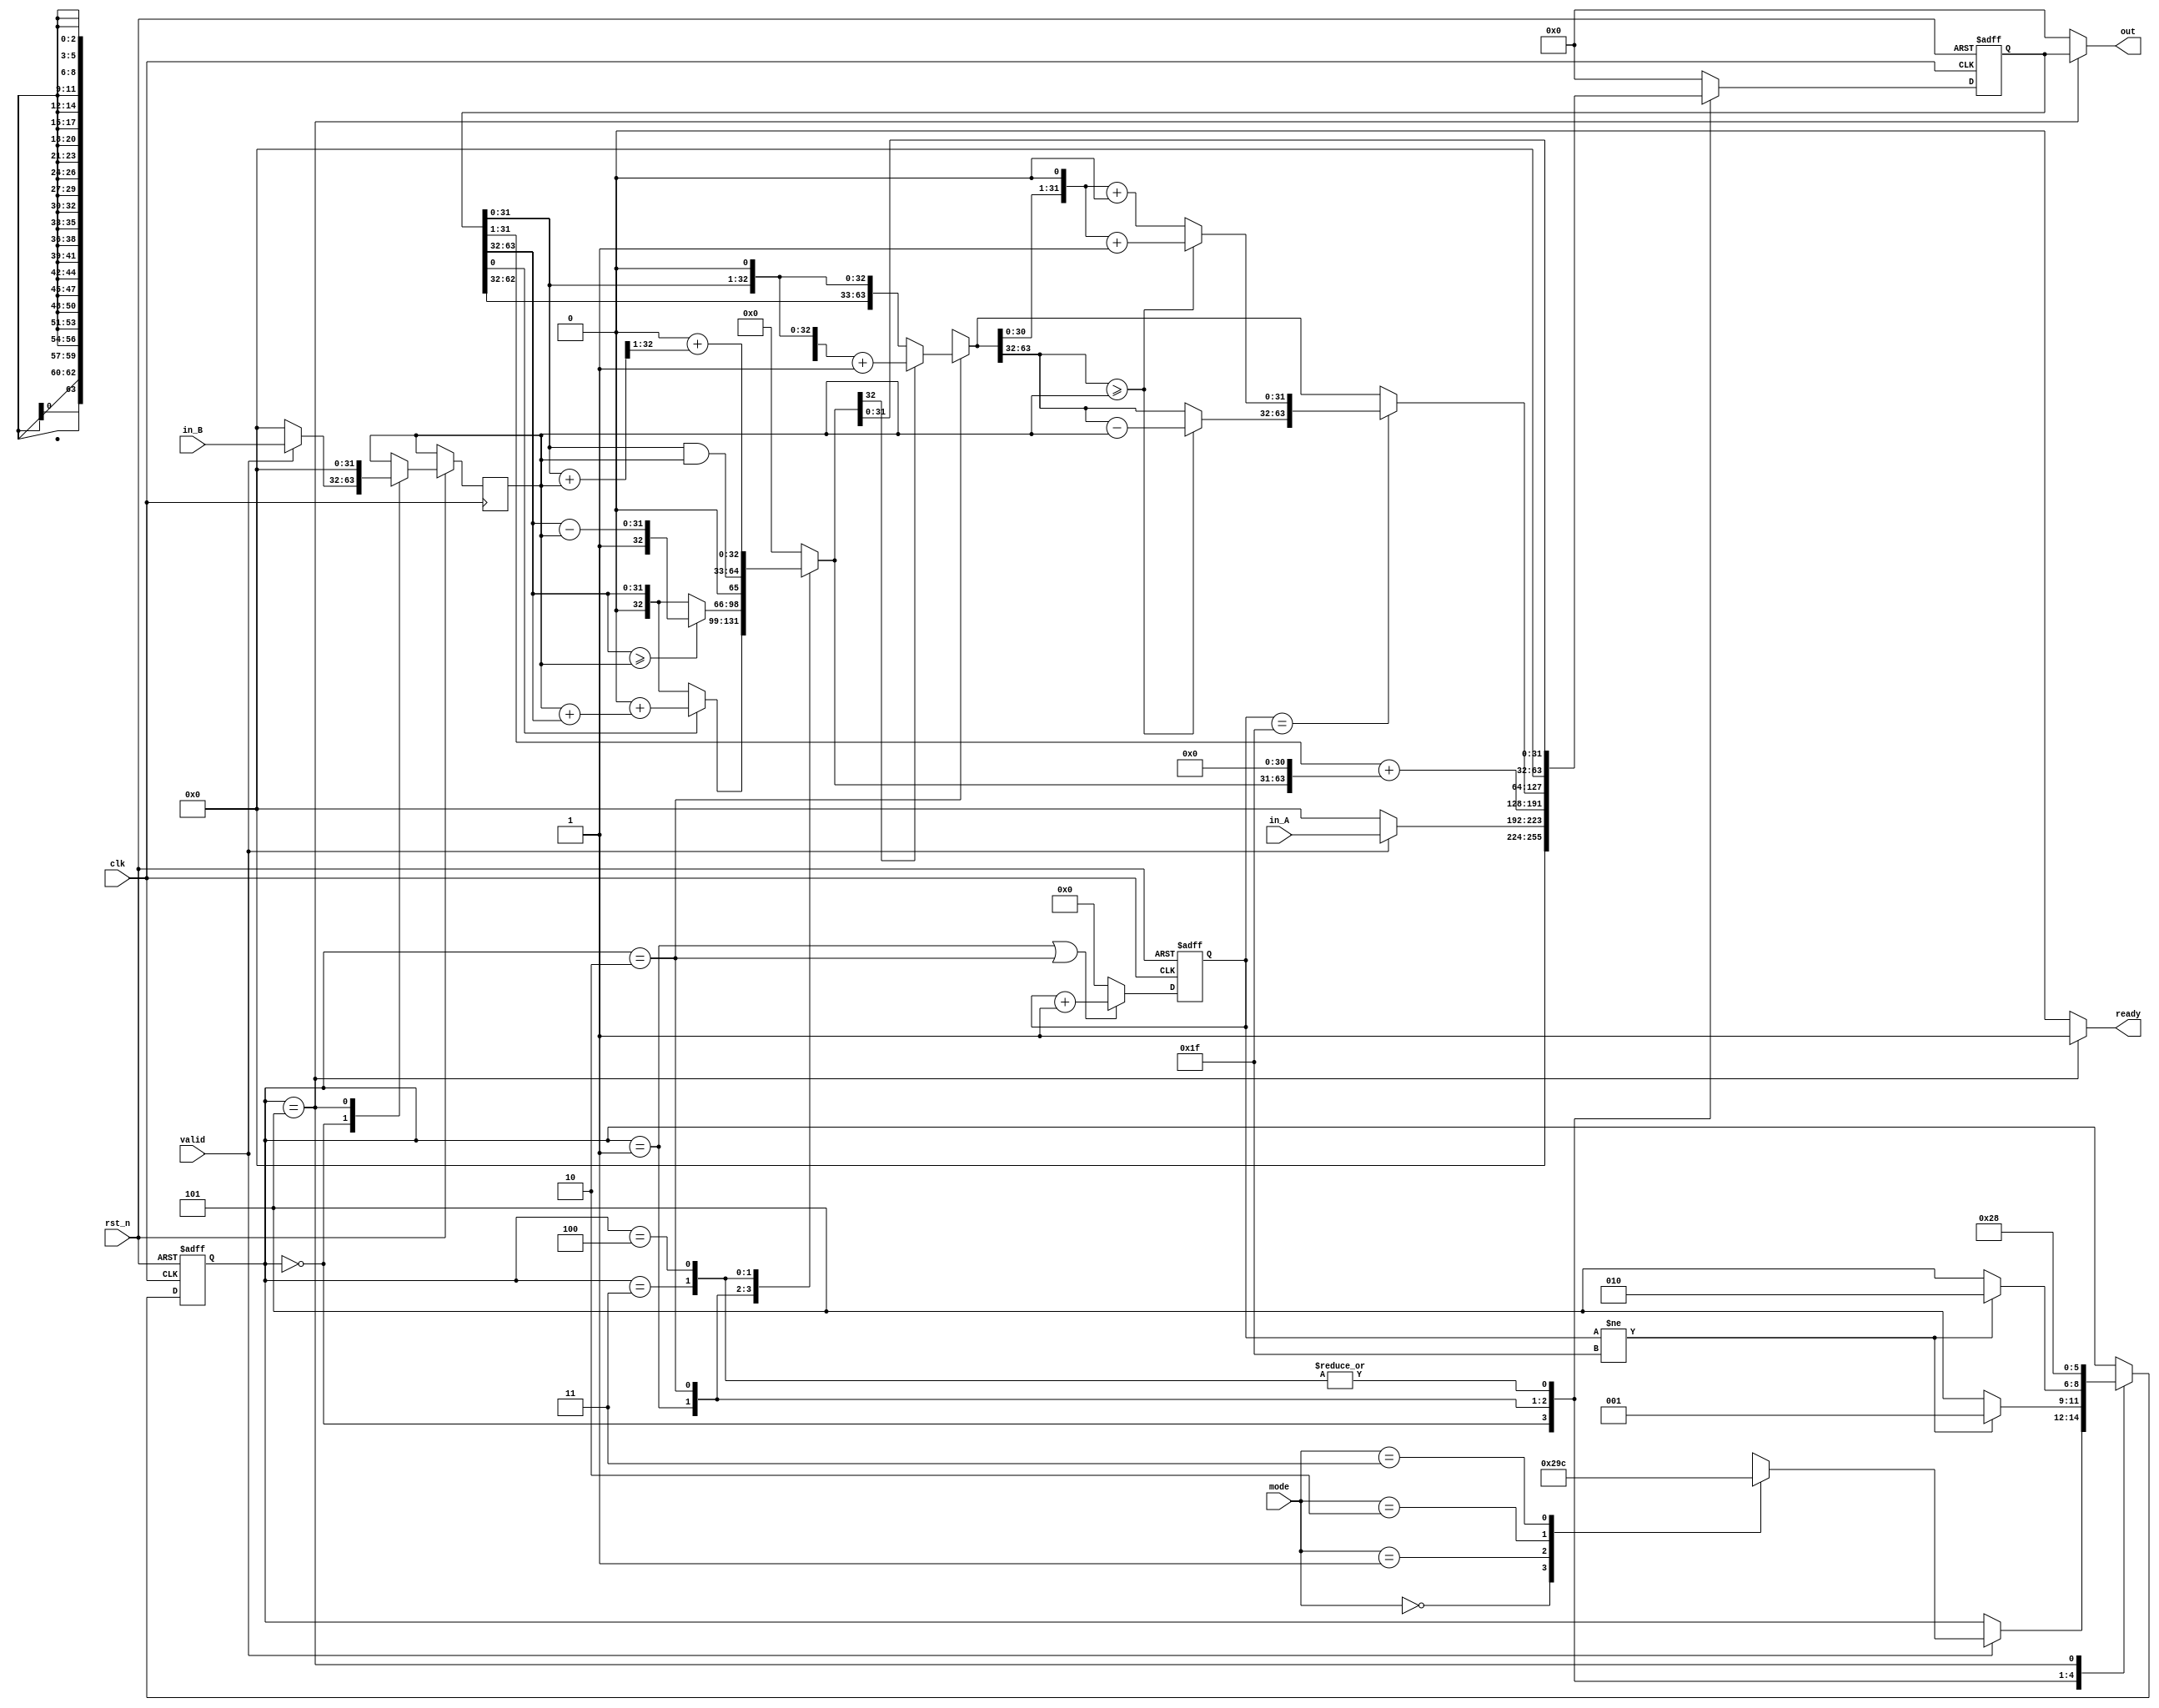
module ALU(
    clk,
    rst_n,
    valid,
    ready,
    mode,
    in_A,
    in_B,
    out
);

    // Definition of ports
    input         clk, rst_n;
    input         valid;
    input  [1:0]  mode; // mode: 0: mulu, 1: divu, 2: and, 3: avg
    output        ready;
    input  [31:0] in_A, in_B;
    output [63:0] out;

    // Definition of states
    parameter IDLE = 3'd0;
    parameter MUL  = 3'd1;
    parameter DIV  = 3'd2;
    parameter AND = 3'd3;
    parameter AVG = 3'd4;
    parameter OUT  = 3'd5;

    // Todo: Wire and reg if needed
    reg  [ 2:0] state, state_nxt;
    reg  [ 4:0] counter, counter_nxt;
    reg  [63:0] shreg, shreg_nxt;
    reg  [31:0] alu_in, alu_in_nxt;
    reg  [32:0] alu_out;

    // Todo: Instatiate any primitives if needed

    // Todo 5: Wire assignments
    assign ready = (state == OUT) ? 1 : 0;
    assign out = (state == OUT) ? shreg : 0;
    
    // Combinational always block
    // Todo 1: Next-state logic of state machine
    always @(*) begin
        case(state)
            IDLE: begin
                if (valid == 0) state_nxt = state;
                else begin
                    case(mode)
                        2'b00: state_nxt = MUL;
                        2'b01: state_nxt = DIV;
                        2'b10: state_nxt = AND;
                        2'b11: state_nxt = AVG;
                        default: state_nxt = IDLE;
                    endcase
                end
            end
            MUL : begin
                if (counter != 31) state_nxt = MUL;
                else               state_nxt = OUT;
            end
            DIV : begin
                if (counter != 31) state_nxt = DIV;
                else               state_nxt = OUT;
            end
            AND : state_nxt = OUT;
            AVG : state_nxt = OUT;
            OUT : state_nxt = IDLE;
            default : state_nxt = state;
        endcase
    end

    // Todo 2: Counter
    always @(*) begin
        if (state == MUL || state == DIV) counter_nxt = counter + 1;
        else                              counter_nxt = 0;
    end

    // ALU input
    always @(*) begin
        case(state)
            IDLE: begin
                if (valid) alu_in_nxt = in_B;
                else       alu_in_nxt = 0;
            end
            OUT : alu_in_nxt = 0;
            default: alu_in_nxt = alu_in;
        endcase
    end

    // Todo 3: ALU output
    always @(*) begin
        case(state)
            IDLE: alu_out = 0;
            MUL: begin
                if (shreg[0] == 1) alu_out = {33'b0} + (alu_in + shreg[63:32]);
                else               alu_out = {1'b0,shreg[63:32]};
            end
            DIV: begin
                if (shreg[63:32] >= alu_in) alu_out = {1'b1,shreg[63:32]-alu_in};
                else                        alu_out = {1'b0,shreg[63:32]};
            end
            AND: alu_out = {1'b0,shreg[31:0] & alu_in};
            AVG: alu_out = {33'b0} + ((shreg[31:0] + alu_in) >> 1);
            OUT: alu_out = 0;
            default: alu_out = 0;
        endcase
    end
    
    // Todo 4: Shift register
    always @(*) begin
        case(state)
            IDLE: begin
                if (valid) shreg_nxt = {32'b0,in_A};
                else       shreg_nxt = 0;
            end
            MUL: shreg_nxt = ({32'b0,shreg[31:0]} >> 1) + {alu_out,31'b0};
            DIV: begin
                if (alu_out[32] == 0) shreg_nxt = shreg << 1;
                else                  shreg_nxt = ({alu_out[31:0],shreg[31:0]} << 1) + {64'b1};
                if (counter == 31) begin
                    if (shreg_nxt[63:32] >= alu_in) begin
                        shreg_nxt[63:32] = shreg_nxt[63:32] - alu_in;
                        shreg_nxt[31:0] = (shreg_nxt[31:0] << 1) + {32'b1};
                    end
                    else shreg_nxt[31:0] = (shreg_nxt[31:0] << 1) + {32'b0};
                end
            end
            AND: shreg_nxt = {32'b0,alu_out[31:0]};
            AVG: shreg_nxt = {32'b0,alu_out[31:0]};
            OUT: shreg_nxt = 0;
            default: shreg_nxt = 0;
        endcase
    end

    // Todo: Sequential always block
    always @(posedge clk or negedge rst_n) begin
        if (!rst_n) begin
            state <= IDLE;
            counter <= 0;
            shreg <= 0;
        end
        else begin
            state <= state_nxt;
            counter <= counter_nxt;
            alu_in <= alu_in_nxt;
            shreg <= shreg_nxt;
        end
    end

endmodule